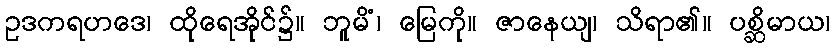
ဥဒကရဟဒေ၊ ထိုရေအိုင်၌။ ဘူမိံ၊ မြေကို။ ဇာနေယျ၊ သိရာ၏။ ပစ္ဆိမာယ၊